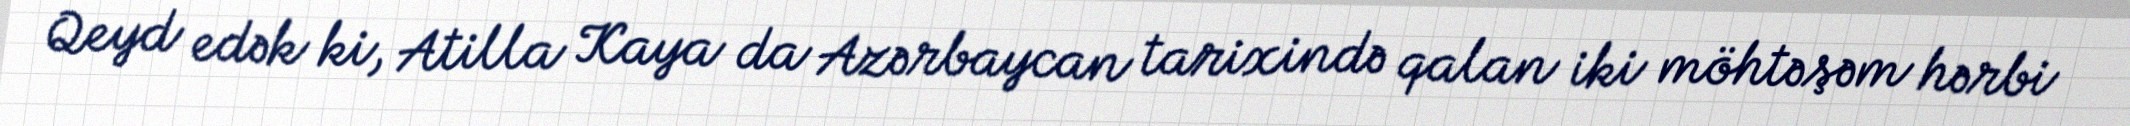
Qeyd edək ki, Atilla Kaya da Azərbaycan tarixində qalan iki möhtəşəm hərbi